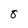
Character: 8